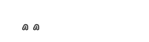
٣٠